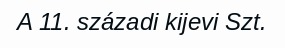
A 11. századi kijevi Szt.